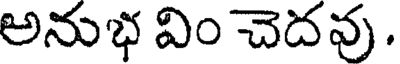
అనుభ విం చెదవు .